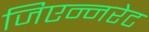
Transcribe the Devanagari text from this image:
जिएन्नरेट